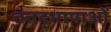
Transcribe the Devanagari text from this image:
तत्तद्भाषाओं